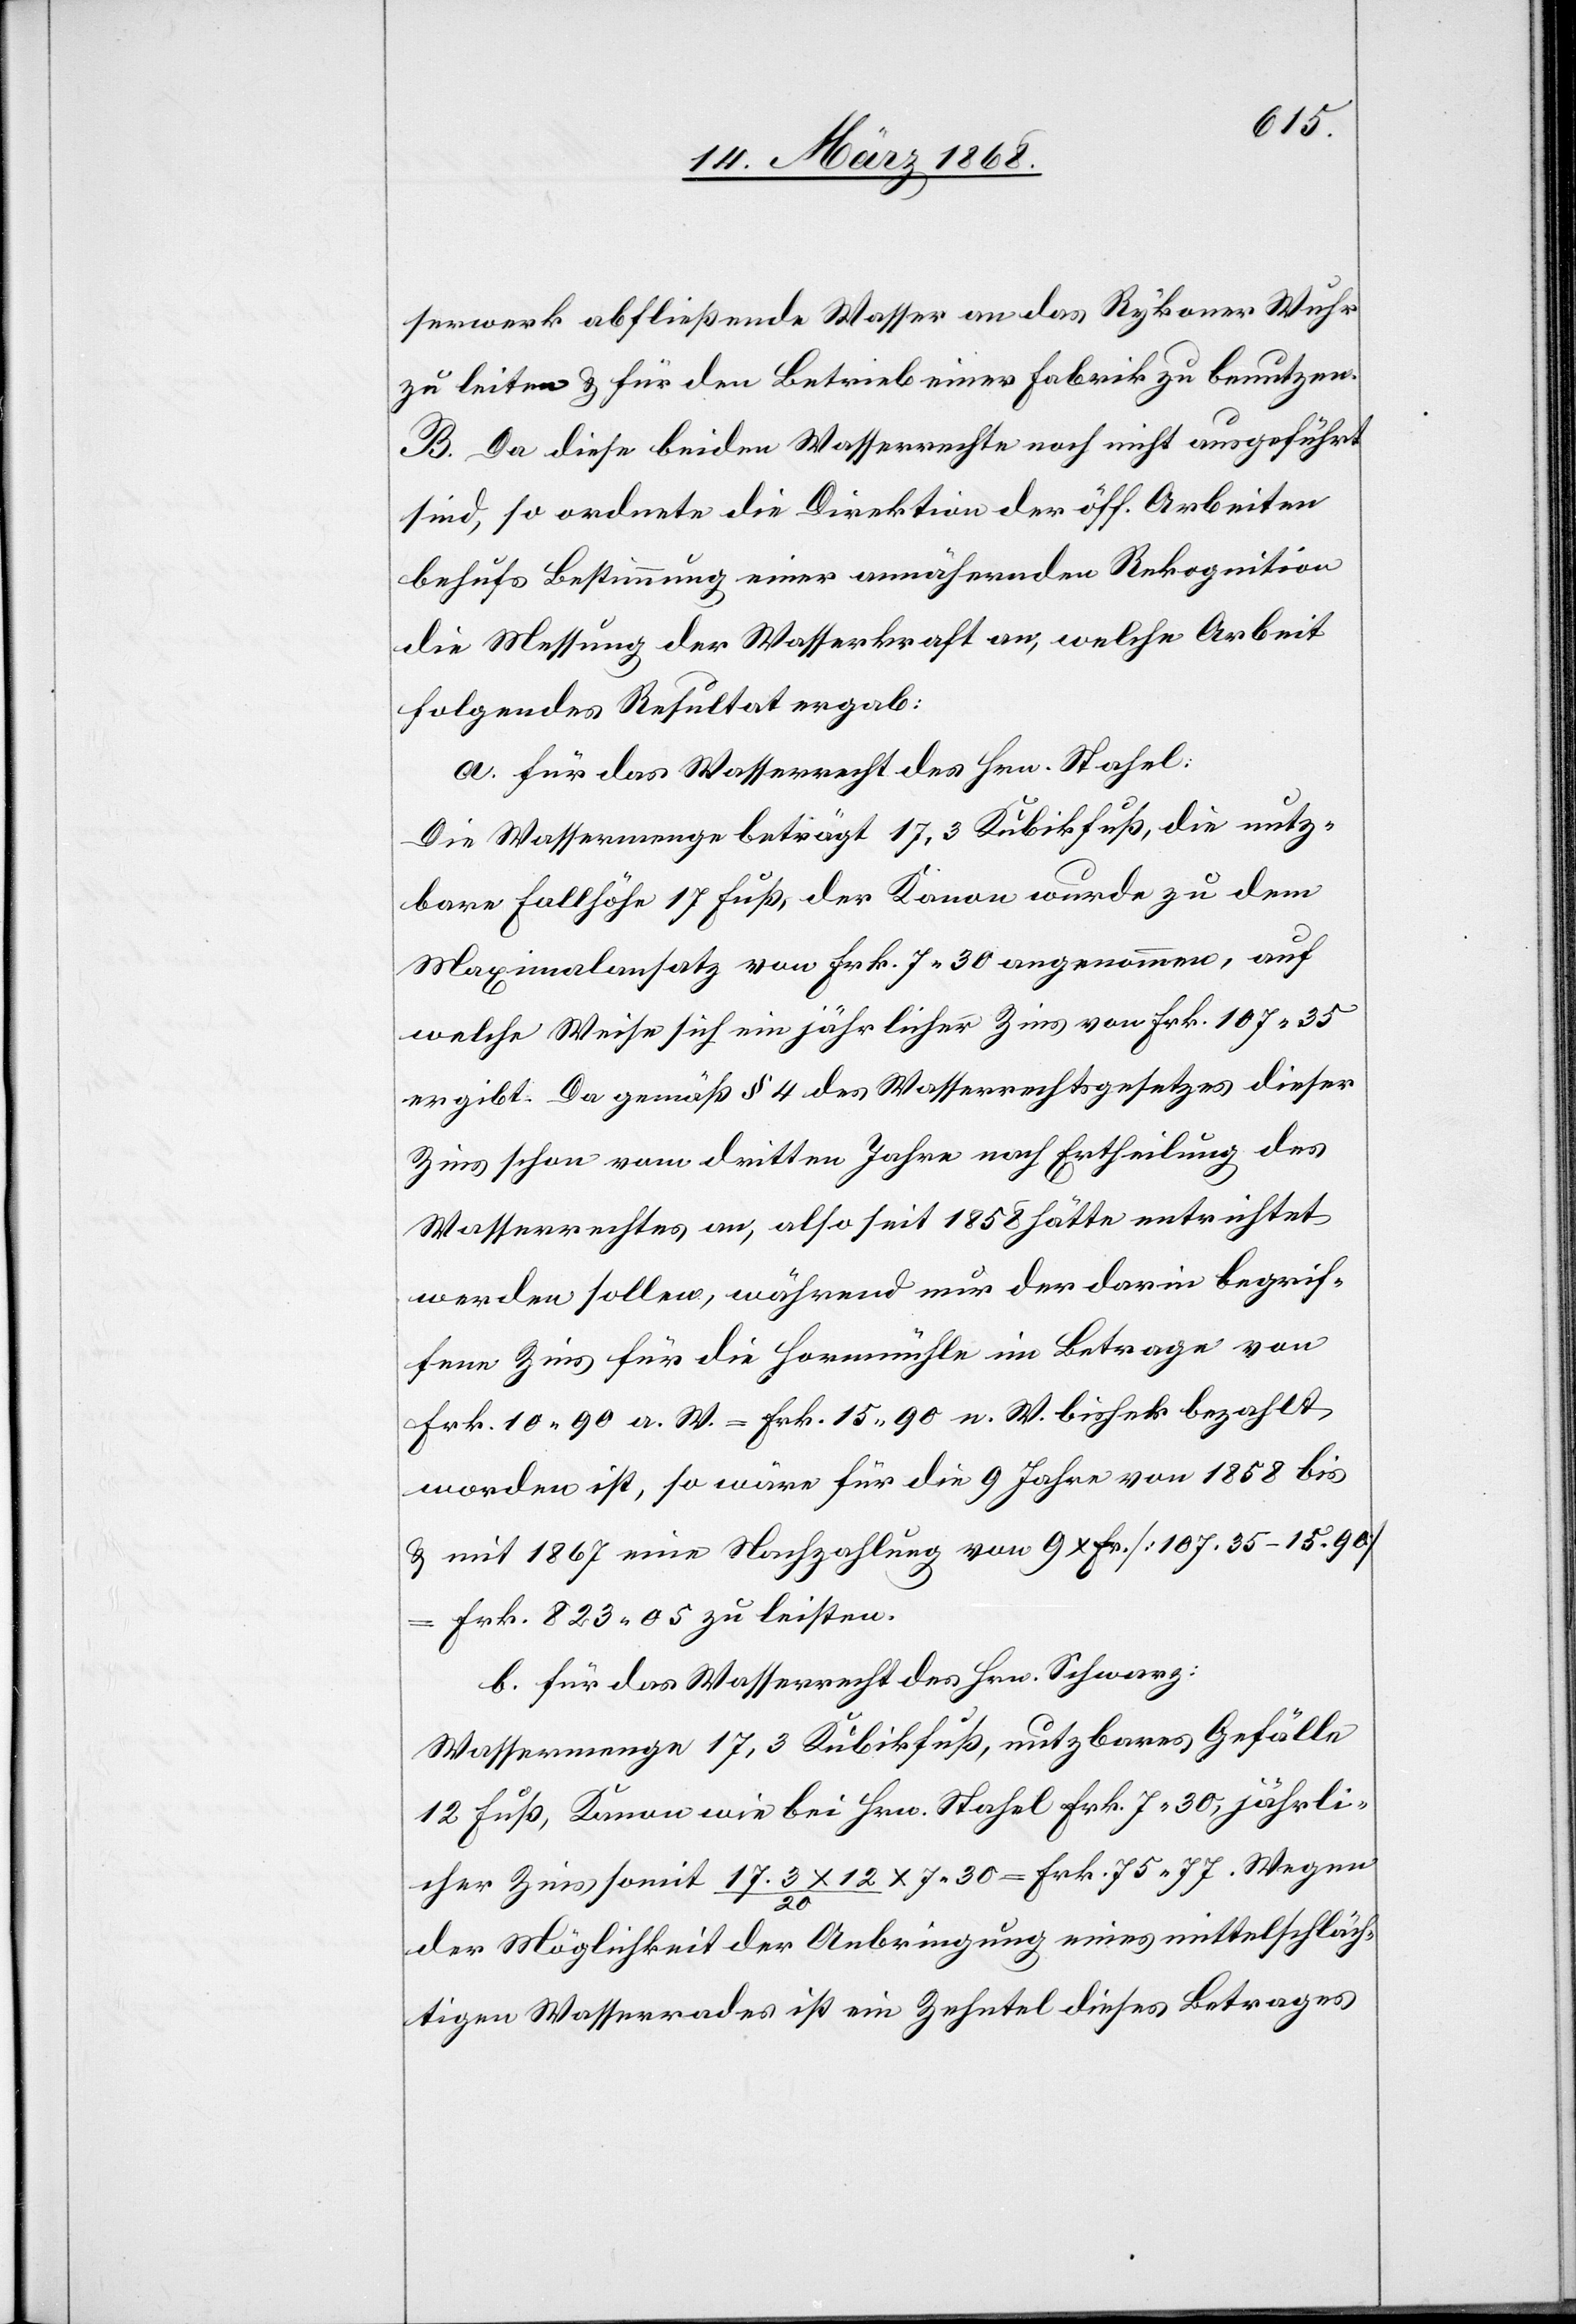
serwerk abfließende Wasser an das Rykoner Wuhr
zu leiten & für den Betrieb einer Fabrik zu benutzen.
B. Da diese beiden Wasserrechte noch nicht ausgeführt
sind, so ordnete die Direktion der öff. Arbeiten
behufs Bestimmung einer annähernden Rekognition
die Messung der Wasserkraft an, welche Arbeit
folgendes Resultat ergab:
a. für das Wasserrecht des Hrn. Stahel:
Die Wassermenge beträgt 17,3 Kubikfuß, die nutz¬
bare Fallhöhe 17 Fuß, der Kanon wurde zu dem
Maximalansatz von Frk. 7. 30 angenommen, auf
welche Weise sich ein jährlicher Zins von Frk. 107. 35
ergibt. Da gemäß § 4 des Wasserrechtsgesetzes dieser
Zins schon vom dritten Jahre nach Ertheilung des
Wasserrechtes an, also seit 1858 hätte entrichtet
werden sollen, während nur der darin begrif¬
fene Zins für die Hornmühle im Betrage von
Frk. 10. 90 a. W. = Frk. 15. 90 n. W. bisher bezahlt
worden ist, so wäre für die 9 Jahre von 1858 bis
& mit 1867 eine Nachzahlung von 9 x Fr. [107. 35 – 15. 90]
Frk. 823. 05 zu leisten.
b. für das Wasserrecht des Hrn. Schwarz:
Wassermenge 17,3 Kubikfuß, nutzbares Gefälle
12 Fuß, Kanon wie bei Hrn. Stahel Frk. 7. 30, jährli¬
cher Zins somit 17.3 x 12 / 20 x 7. 30 = Frk. 75. 77. Wegen
der Möglichkeit der Anbringung eines mittelschläch¬
tigen Wasserrades ist ein Zehntel dieses Betrages